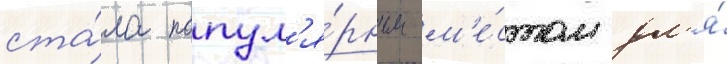
ста́ла попул'я́рным м'е́стом дл'я́